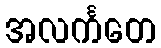
အလင်္ကတေ